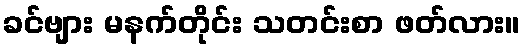
ခင်ဗျား မနက်တိုင်း သတင်းစာ ဖတ်လား။